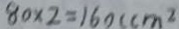
8 0 \times 2 = 1 6 0 ( c m ^ { 2 }